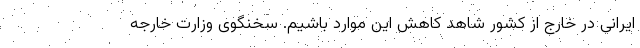
ایرانی در خارج از کشور شاهد کاهش این موارد باشیم. سخنگوی وزارت خارجه